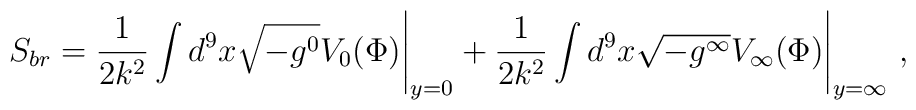
S_{br}=\frac{1}{2k^{2}}\int d^{9}x \sqrt{-g^{0}}V_{0}(\Phi)\Bigg|_{y=0}+\frac{1}{2k^{2}}\int d^{9}x \sqrt{-g^{\infty}}V_{\infty}(\Phi)\Bigg|_{y=\infty}\ ,